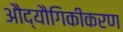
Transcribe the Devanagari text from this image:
औद्यौगिकीकरण